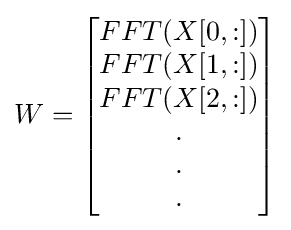
W={\begin{bmatrix}FFT(X[0,:])\\FFT(X[1,:])\\FFT(X[2,:])\\.\\.\\.\\\end{bmatrix}}